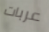
عربات